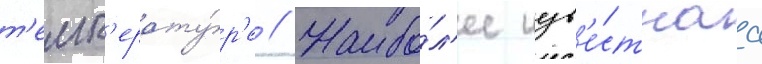
т'емп'ерату́р'е // Наибо́л'ее изв'е́стнаа